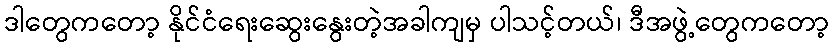
ဒါတွေကတော့ နိုင်ငံရေးဆွေးနွေးတဲ့အခါကျမှ ပါသင့်တယ်၊ ဒီအဖွဲ့တွေကတော့